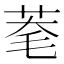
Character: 𦯮